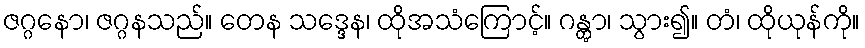
ဇဂ္ဂနော၊ ဇဂ္ဂနသည်။ တေန သဒ္ဒေန၊ ထိုအသံကြောင့်။ ဂန္တွာ၊ သွား၍။ တံ၊ ထိုယုန်ကို။